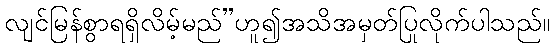
လျင်မြန်စွာရရှိလိမ့်မည်”ဟူ၍အသိအမှတ်ပြုလိုက်ပါသည်။